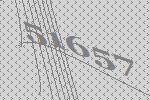
51657